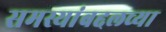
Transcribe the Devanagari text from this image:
समस्यांबद्दलच्या